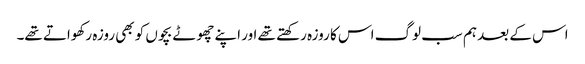
اس کے بعد ہم سب لوگ اس کا روزہ رکھتے تھے اور اپنے چھوٹے بچوں کو بھی روزہ رکھواتے تھے۔